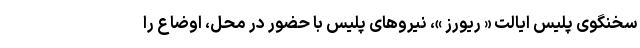
سخنگوی پلیس ایالت « ریورز »، نیروهای پلیس با حضور در محل، اوضاع را